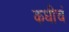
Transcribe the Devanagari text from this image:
कधीचं